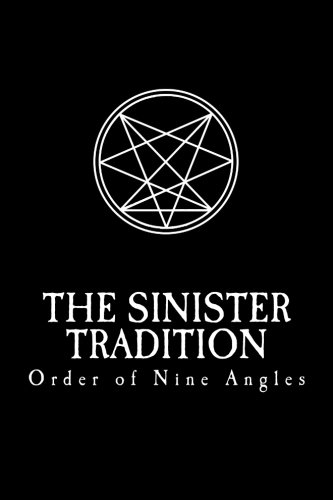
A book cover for The Sinister Tradition; Anton Long; Religion & Spirituality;